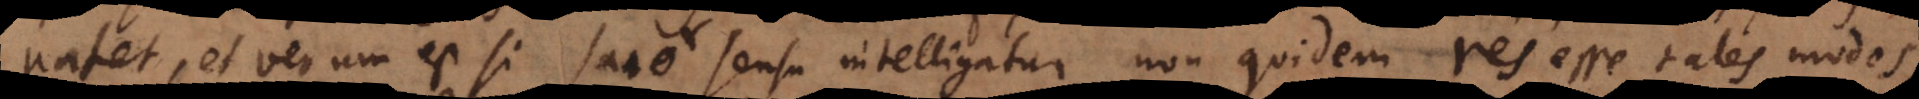
patet, et verum est si sano sensu intelligatur, non quidem res esse tales modos,